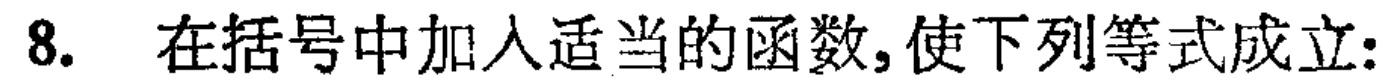
8. 在括号中加入适当的函数,使下列等式成立: